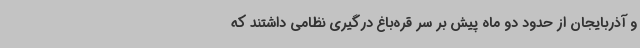
و آذربایجان از حدود دو ماه پیش بر سر قره‌باغ درگیری نظامی داشتند که